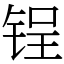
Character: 锃